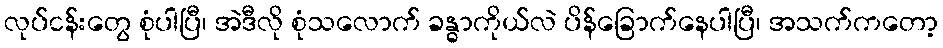
လုပ်ငန်းတွေ စုံပါပြီ၊ အဲဒီလို စုံသလောက် ခန္ဓာကိုယ်လဲ ပိန်ခြောက်နေပါပြီ၊ အသက်ကတော့